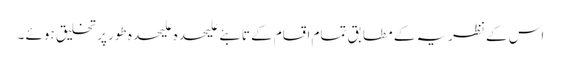
اس کے نظریہ کے مطابق تمام اقسام کے تابئے علیحدہ علیحدہ طور پر تخلیق ہوئے ۔